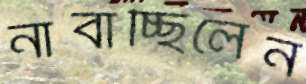
নাবাচ্ছিলেন